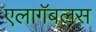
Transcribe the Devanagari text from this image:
एलागॅबलस